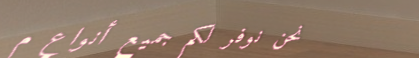
نحن نوفر لكم جميع أنواع م